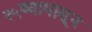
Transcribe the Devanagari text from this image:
२५व्यापासून